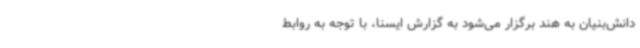
دانش‌بنیان به هند برگزار می‌شود به گزارش ایسنا، با توجه به روابط